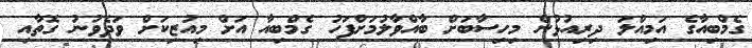
ގެމްބިއާގެ އަމިއްލަ ދިރިއުޅުން މިހިސާބަށް ބާއްވާލުމަށްފަހު ގެމްބިއާ އަށް މިއުޒިކަށް ވަދެވުނު ގޮތާއި